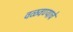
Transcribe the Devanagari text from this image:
वळवण्याचे